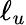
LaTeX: \ell_{u}